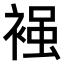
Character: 𧚴